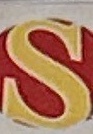
S